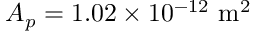
A _ { p } = 1 . 0 2 \times 1 0 ^ { - 1 2 } \ \mathrm { m } ^ { 2 }